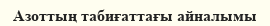
Азоттың табиғаттағы айналымы